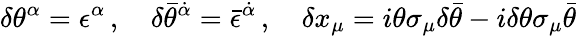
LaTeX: \delta\theta^{\alpha}=\epsilon^{\alpha}\, ,\quad\delta\bar{\theta}^{\dot{\alpha}}=\bar{\epsilon}^{\dot{\alpha}}\, ,\quad\delta x_{\mu}=i\theta\sigma_{\mu}\delta\bar{\theta}-i\delta\theta\sigma_{\mu}\bar{\theta}